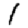
Digit: 1